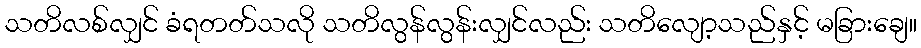
သတိလစ်လျှင် ခံရတတ်သလို သတိလွန်လွန်းလျှင်လည်း သတိလျော့သည်နှင့် မခြားချေ။